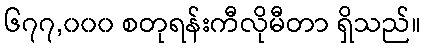
၆၇၇,၀၀၀ စတုရန်းကီလိုမီတာ ရှိသည်။